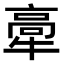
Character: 𤚸